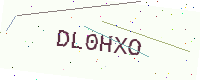
Text: DL0HXO